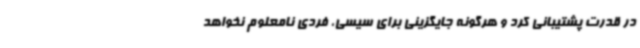
در قدرت پشتیبانی کرد و هرگونه جایگزینی برای سیسی، فردی نامعلوم نخواهد